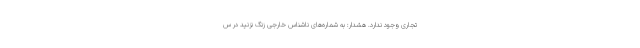
تجاری وجود ندارد. هشدار: به شماره‌های ناشناس خارجی زنگ نزنید در س